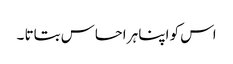
اس کو اپنا ہر احساس بتاتا ۔